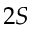
2 S